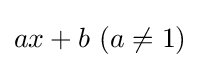
ax+b\ (a\neq 1)